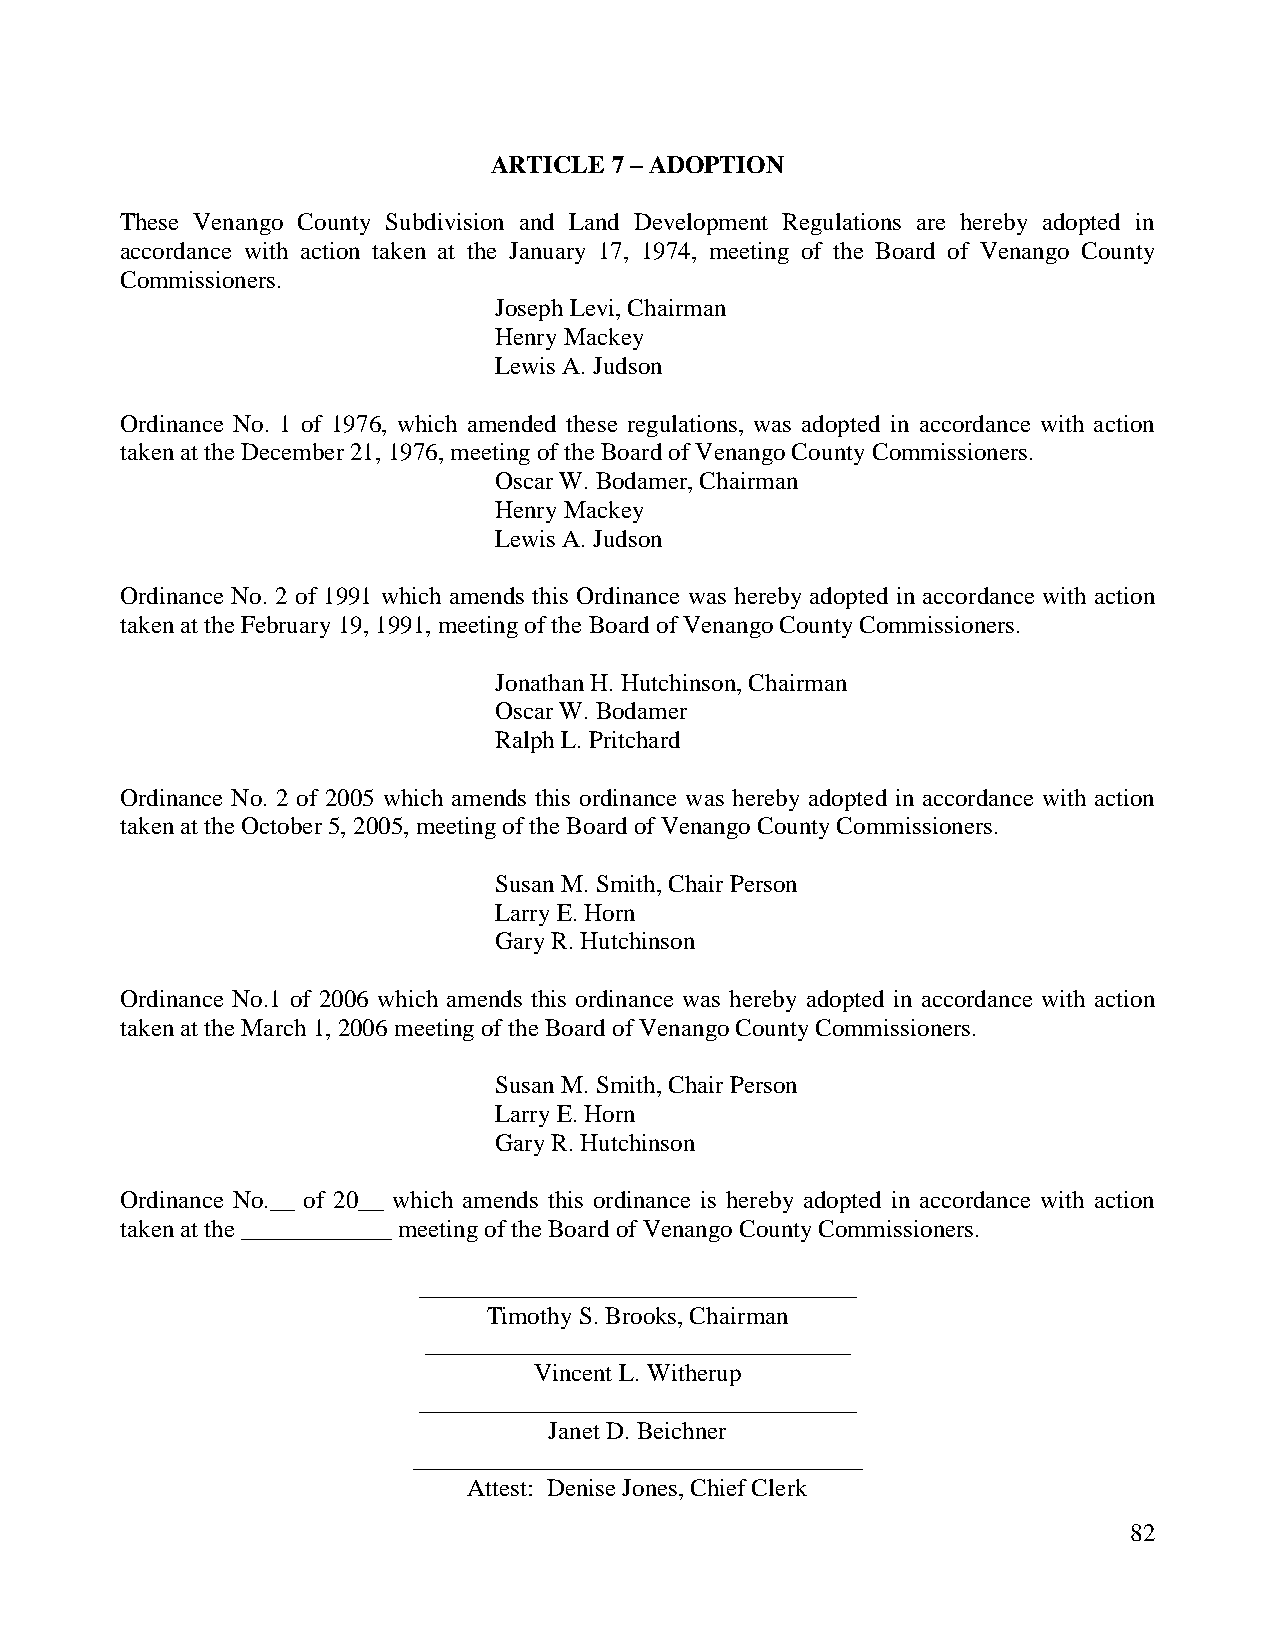
ARTICLE 7 – ADOPTION
 These Venango County Subdivision and Land Development Regulations are hereby adopted in
 accordance with action taken at the January 17, 1974, meeting of the Board of Venango County
 Commissioners.
 Joseph Levi, Chairman
 Henry Mackey
 Lewis A. Judson
 Ordinance No. 1 of 1976, which amended these regulations, was adopted in accordance with action
 taken at the December 21, 1976, meeting of the Board of Venango County Commissioners.
 Oscar W. Bodamer, Chairman
 Henry Mackey
 Lewis A. Judson
 Ordinance No. 2 of 1991 which amends this Ordinance was hereby adopted in accordance with action
 taken at the February 19, 1991, meeting of the Board of Venango County Commissioners.
 Jonathan H. Hutchinson, Chairman
 Oscar W. Bodamer
 Ralph L. Pritchard
 Ordinance No. 2 of 2005 which amends this ordinance was hereby adopted in accordance with action
 taken at the October 5, 2005, meeting of the Board of Venango County Commissioners.
 Susan M. Smith, Chair Person
 Larry E. Horn
 Gary R. Hutchinson
 Ordinance No.1 of 2006 which amends this ordinance was hereby adopted in accordance with action
 taken at the March 1, 2006 meeting of the Board of Venango County Commissioners.
 Susan M. Smith, Chair Person
 Larry E. Horn
 Gary R. Hutchinson
 Ordinance No.__ of 20__ which amends this ordinance is hereby adopted in accordance with action
 taken at the ____________ meeting of the Board of Venango County Commissioners.
 ___________________________________
 Timothy S. Brooks, Chairman
 __________________________________
 Vincent L. Witherup
 ___________________________________
 Janet D. Beichner
 ____________________________________
 Attest: Denise Jones, Chief Clerk
 82